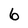
Character: 6